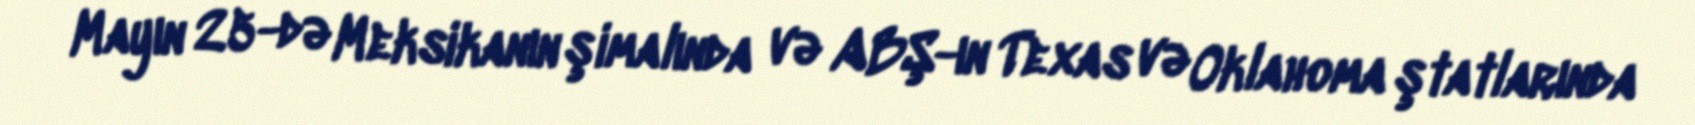
Mayın 25-də Meksikanın şimalında və ABŞ-ın Texas və Oklahoma ştatlarında